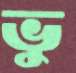
ভু